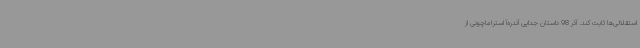
استقلالی‌ها ثابت کند. آذر 98 داستان جدایی آندره‌آ استراماچونی از